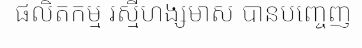
ផលិតកម្ម រស្មីហង្សមាស បានបញ្ចេញ